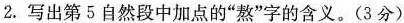
2.写出第5自然段中加点的”熬”字的含义。(3分)